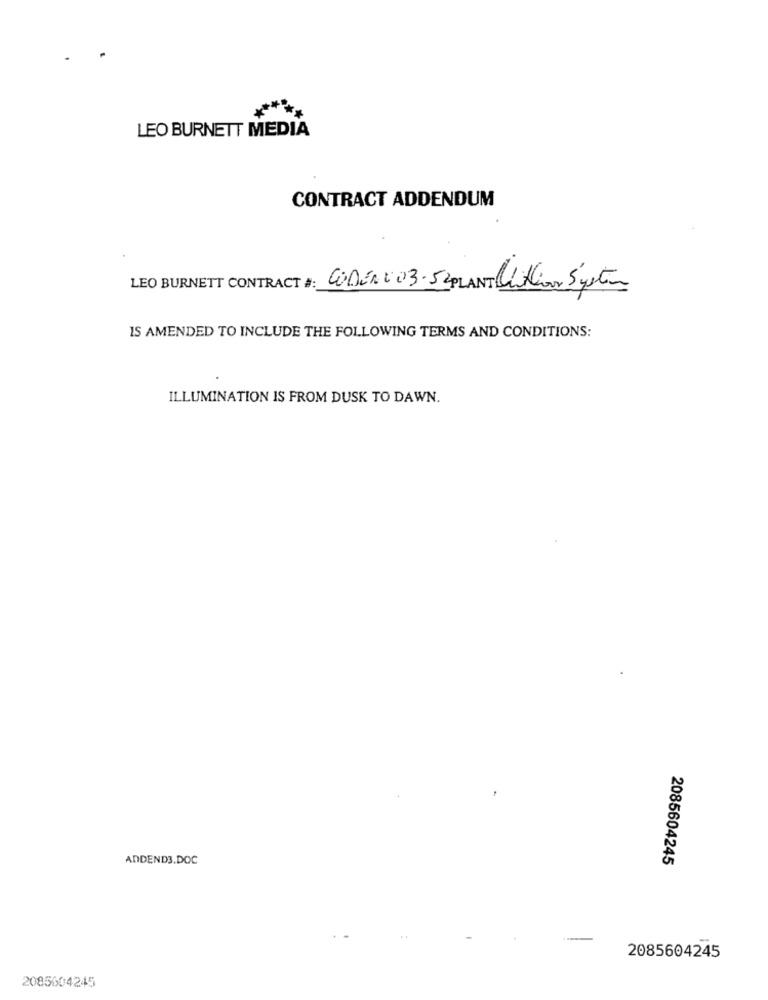
LEO BURNETT MEDIA
CONTRACT ADDENDUM
LEO BURNETT CONTRACT #:
CODEADO3-52 PLANT Biklio System
IS AMENDED TO INCLUDE THE FOLLOWING TERMS AND CONDITIONS:
ILLUMINATION IS FROM DUSK TO DAWN.
ADDEND3.DOC
2085604245
2085604245
2085604245